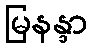
မြနန္ဒာ